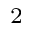
^ 2